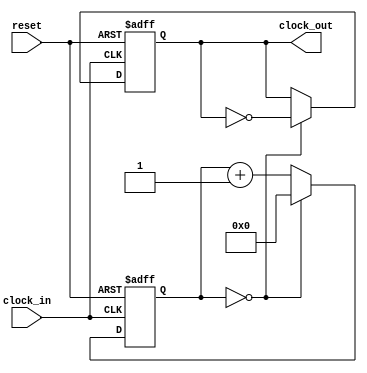
module clock_divider( clock_in, reset, clock_out );
input clock_in, reset;
output reg clock_out;

reg[7:0] counter;

always @(posedge clock_in or negedge reset)
begin
    if (!reset)
    begin
        counter <= 8'h00;
        clock_out <= 1'h0;
    end
    else
    begin
        if (counter==8'h00)
        begin
            counter <= 0;
            clock_out <= ~clock_out;
        end
        else        
        begin
            counter <= counter+1;
            clock_out <= clock_out;
        end
    end
end

endmodule